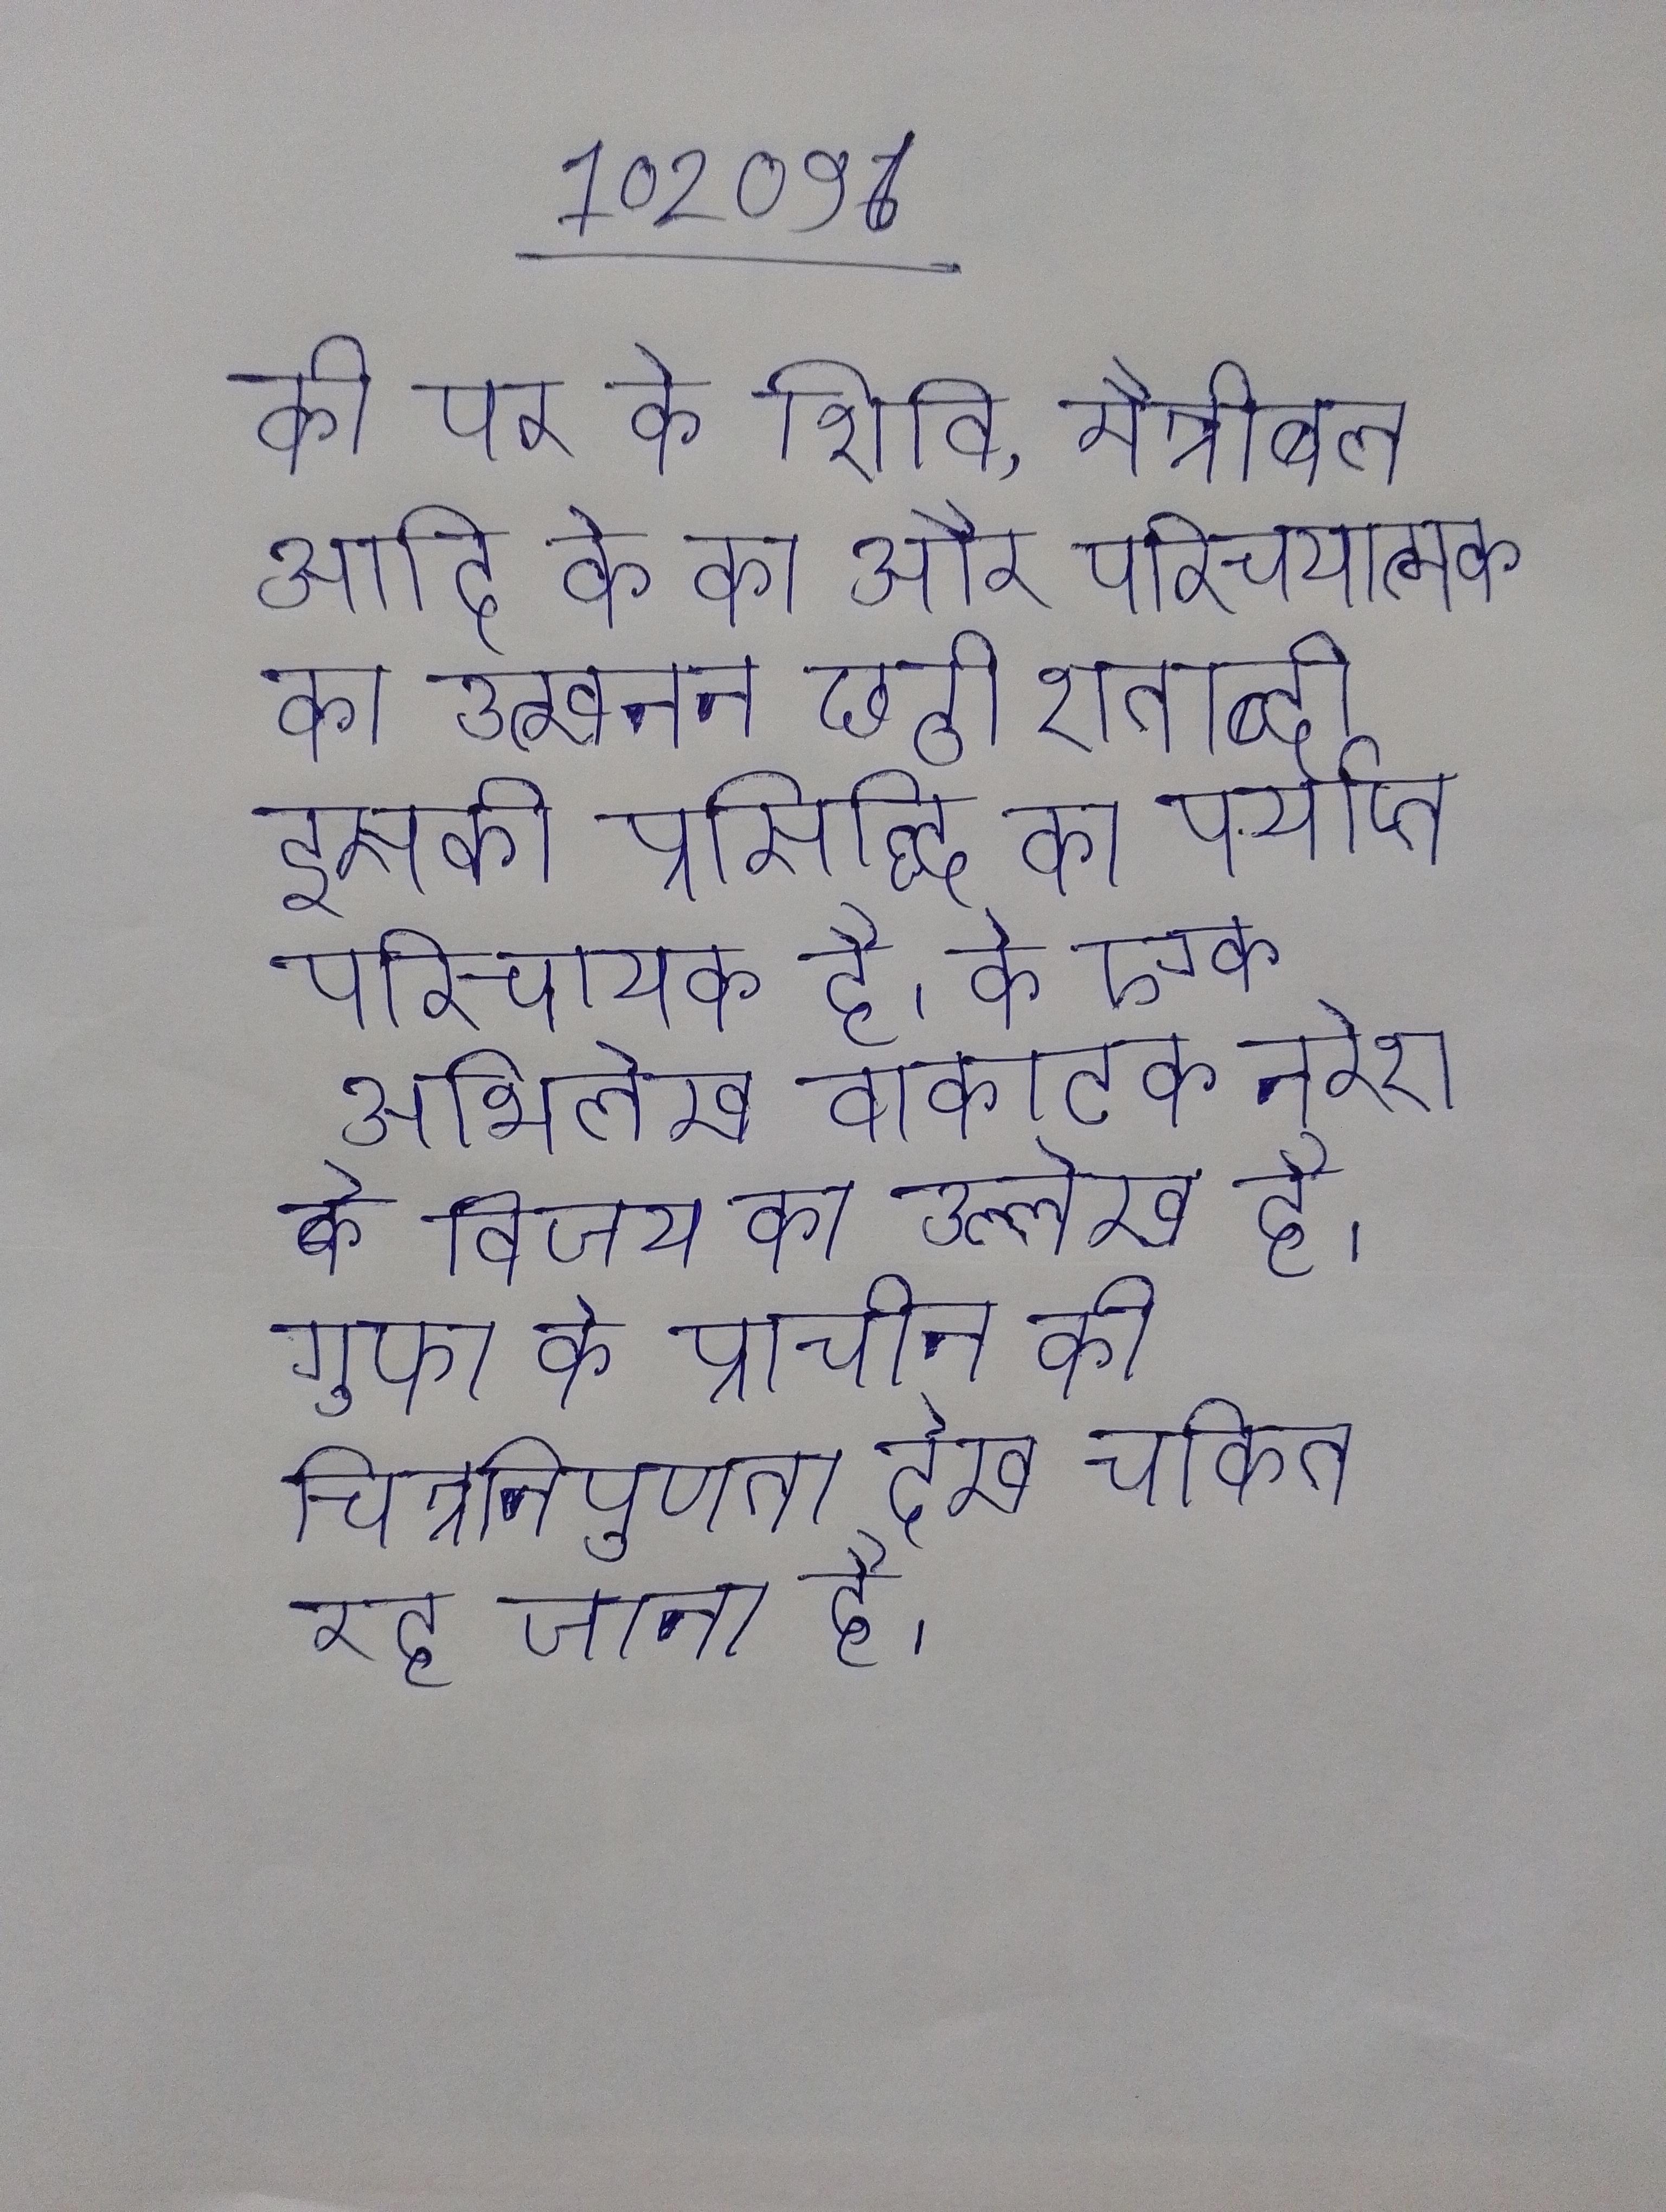
की पर के शिवि, मैत्रीबल आदि के का और परिचयात्मक का उत्खनन छठी शताब्दी इसकी प्रसिद्धि का पर्याप्त परिचायक है । के एक अभिलेख वाकाटक नरेश के विजय का उल्लेख है । गुफा के प्राचीन की चित्रनिपुणता देख चकित रह जाना है ।